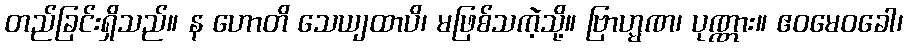
တည်ခြင်းရှိသည်။ န ဟောတိ သေယျထာပိ၊ မဖြစ်သကဲ့သို့။ ဗြာဟ္မဏ၊ ပုဏ္ဏား။ ဧဝမေဝခေါ၊